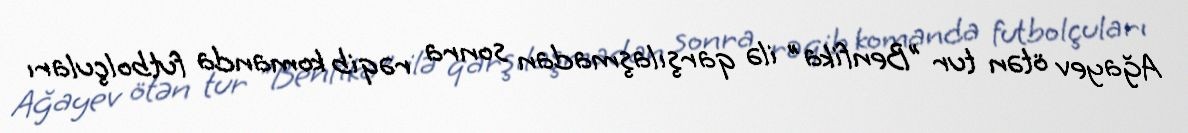
Ağayev ötən tur "Benfika" ilə qarşılaşmadan sonra rəqib komanda futbolçuları